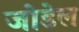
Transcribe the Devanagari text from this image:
जोडेल